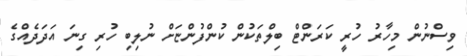
ވިސްނުން މިހާރު ހުރީ ކަރަންޓް ބިލްތަކުން ކުންފުންޏަށް ނުލިބި ހުރި ގިނަ އަދަދެއްގެ